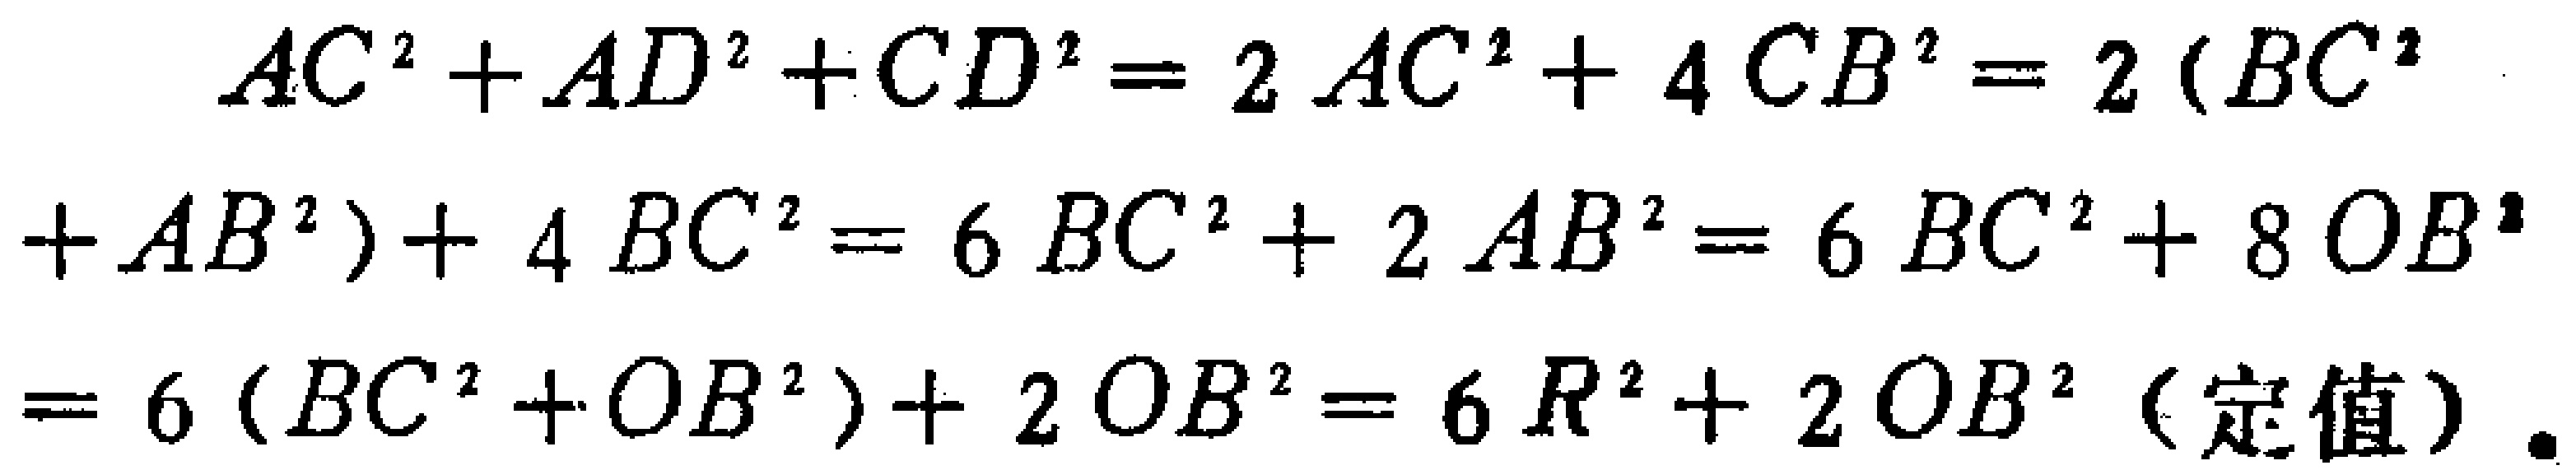
\[
\begin{align*}
AC^{2}+AD^{2}+CD^{2}&=2AC^{2}+4CB^{2}=2(BC^{2}\\
+AB^{2}) + 4BC^{2}&=6BC^{2}+2AB^{2}=6BC^{2}+8OB^{2}\\
&=6(BC^{2}+OB^{2})+2OB^{2}=6R^{2}+2OB^{2}\ (\text{定值})
\end{align*}
\]